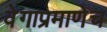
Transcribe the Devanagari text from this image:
वेगाप्रमाणेच